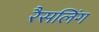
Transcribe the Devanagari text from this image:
रैसलिंग